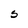
Character: S